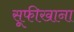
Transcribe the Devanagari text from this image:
सूफीखाना